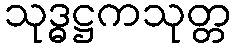
သုဒ္ဓဋ္ဌကသုတ္တ